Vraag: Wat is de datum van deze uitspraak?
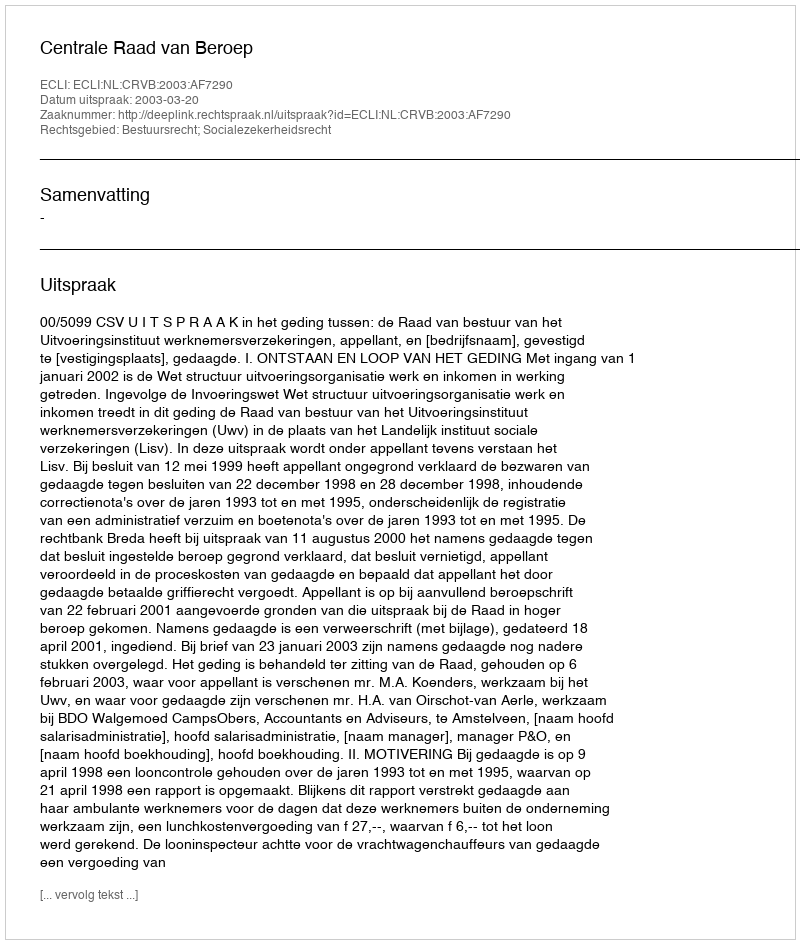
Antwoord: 2003-03-20